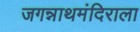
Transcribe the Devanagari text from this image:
जगन्नाथमंदिराला